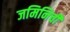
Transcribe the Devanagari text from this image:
जमिनिची